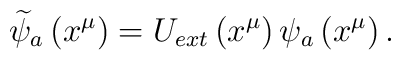
\widetilde{\psi }_{a}\left( x^{\mu }\right) =U_{ext}\left( x^{\mu }\right)\psi _{a}\left( x^{\mu }\right) .